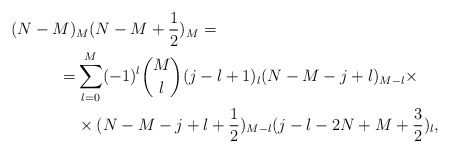
\begin{align*} (N-M)&_M(N-M+\frac{1}{2})_{M}=\\ =& \sum_{l=0}^M(-1)^{l}{M\choose l}(j-l+1)_l(N-M-j+l)_{M-l}\times\\ &\times (N-M-j+l+\frac{1}{2})_{M-l}(j-l-2N+M+\frac{3}{2})_{l}, \end{align*}